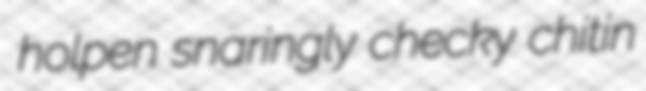
holpen snaringly checky chitin